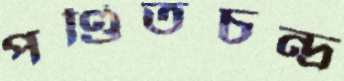
পণ্ডিতচন্দ্র